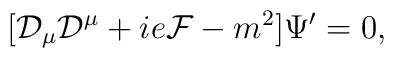
[{\cal D}_\mu{\cal D}^\mu+ie {\cal F}-m^2]\Psi'=0,